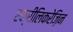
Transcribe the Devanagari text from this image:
एक्रीलिकरेज़िन